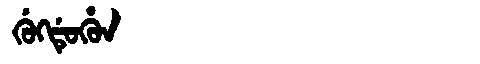
Manchu: ᡤᡠᡴᡩᡠᡥᡠᠨ
Romanization: GUKDUHUN